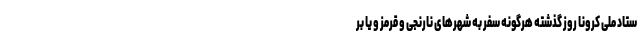
ستاد ملی کرونا روز گذشته هرگونه سفر به شهرهای نارنجی و قرمز و یا بر